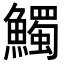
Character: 𩼟